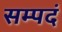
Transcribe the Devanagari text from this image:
सम्पदं